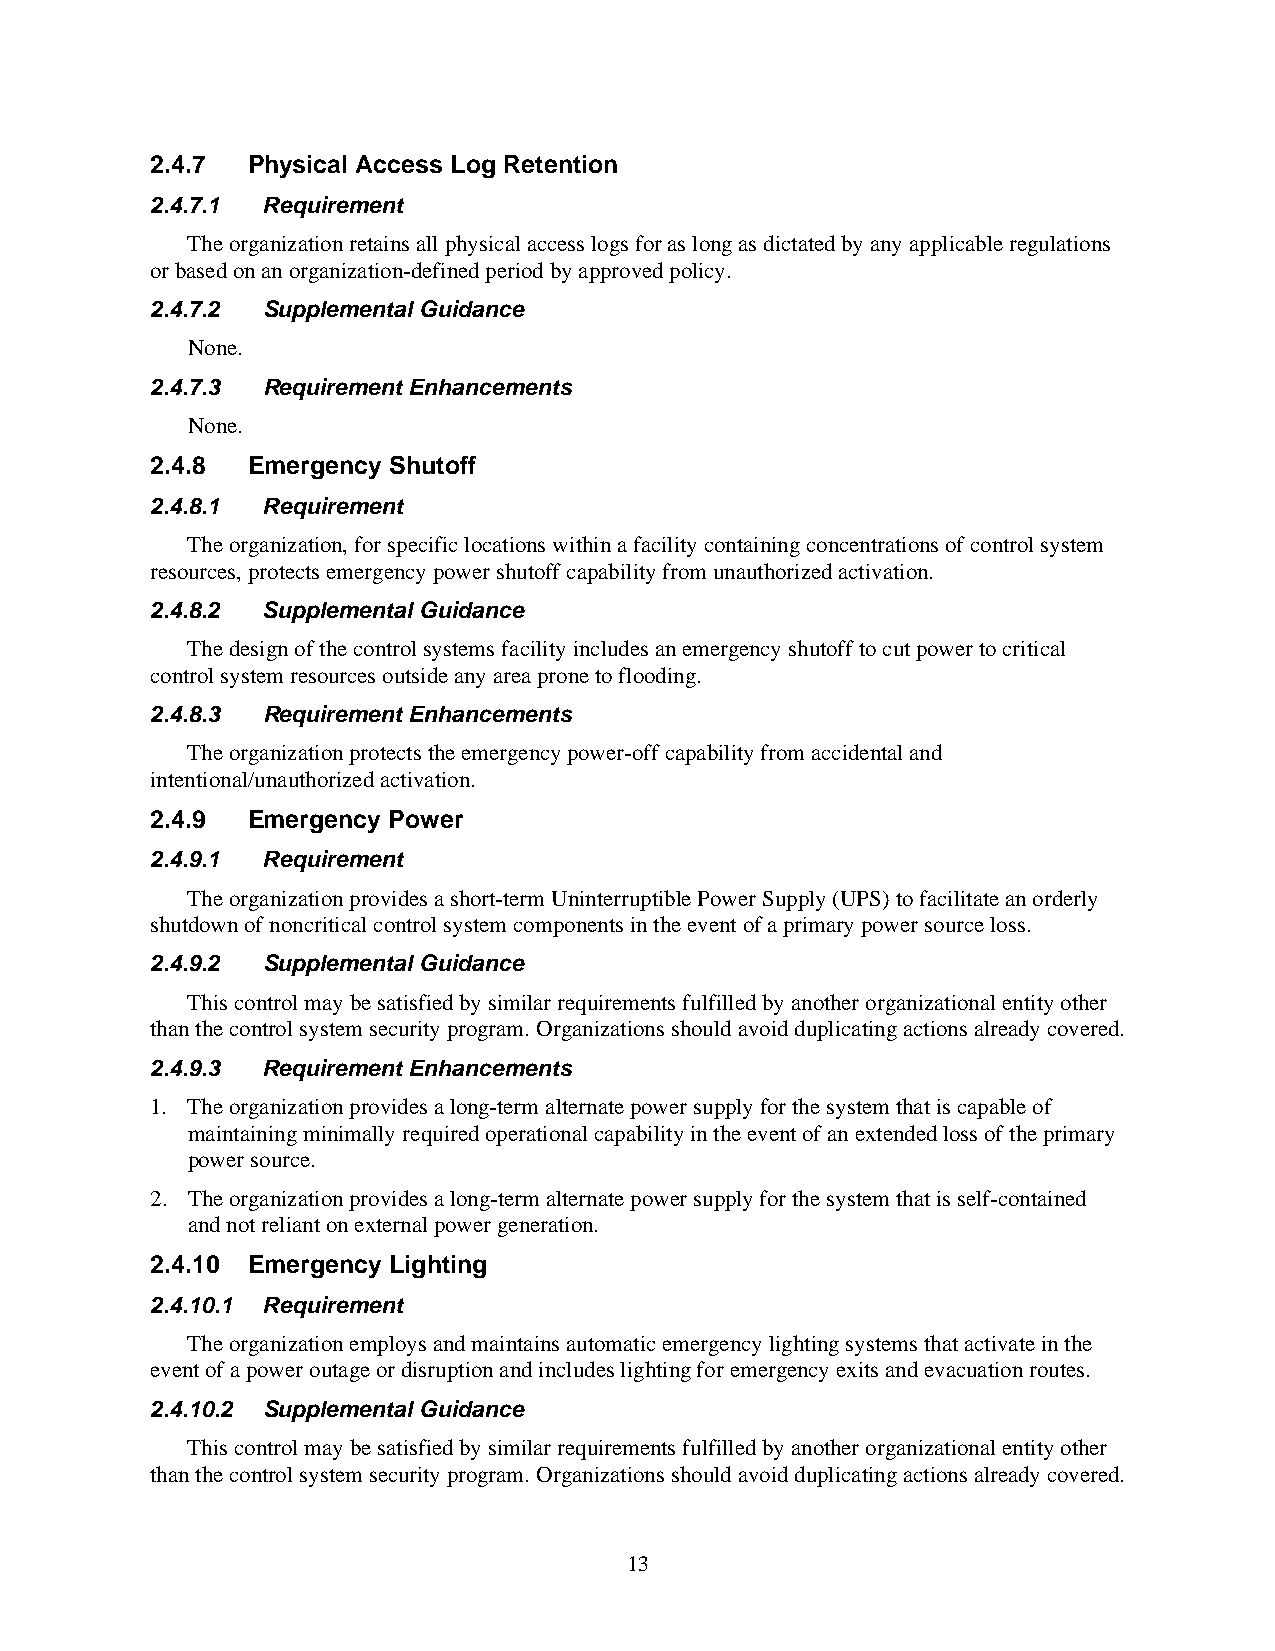
2.4.7 Physical Access Log Retention
 2.4.7.1 Requirement
 The organization retains all physical access logs for as long as dictated by any applicable regulations
 or based on an organization-defined period by approved policy.
 2.4.7.2 Supplemental Guidance
 None.
 2.4.7.3 Requirement Enhancements
 None.
 2.4.8 Emergency Shutoff
 2.4.8.1 Requirement
 The organization, for specific locations within a facility containing concentrations of control system
 resources, protects emergency power shutoff capability from unauthorized activation.
 2.4.8.2 Supplemental Guidance
 The design of the control systems facility includes an emergency shutoff to cut power to critical
 control system resources outside any area prone to flooding.
 2.4.8.3 Requirement Enhancements
 The organization protects the emergency power-off capability from accidental and
 intentional/unauthorized activation.
 2.4.9 Emergency Power
 2.4.9.1 Requirement
 The organization provides a short-term Uninterruptible Power Supply (UPS) to facilitate an orderly
 shutdown of noncritical control system components in the event of a primary power source loss.
 2.4.9.2 Supplemental Guidance
 This control may be satisfied by similar requirements fulfilled by another organizational entity other
 than the control system security program. Organizations should avoid duplicating actions already covered.
 2.4.9.3 Requirement Enhancements
 1. The organization provides a long-term alternate power supply for the system that is capable of
 maintaining minimally required operational capability in the event of an extended loss of the primary
 power source.
 2. The organization provides a long-term alternate power supply for the system that is self-contained
 and not reliant on external power generation.
 2.4.10 Emergency Lighting
 2.4.10.1 Requirement
 The organization employs and maintains automatic emergency lighting systems that activate in the
 event of a power outage or disruption and includes lighting for emergency exits and evacuation routes.
 2.4.10.2 Supplemental Guidance
 This control may be satisfied by similar requirements fulfilled by another organizational entity other
 than the control system security program. Organizations should avoid duplicating actions already covered.
 13